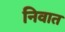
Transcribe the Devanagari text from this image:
निवात